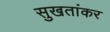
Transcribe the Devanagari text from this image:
सुखतांकर